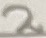
Text: 2